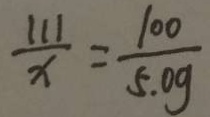
\frac { 1 1 1 } { x } = \frac { 1 0 0 } { 5 . 0 g }